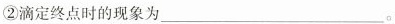
②滴定终点时的现象为___。